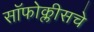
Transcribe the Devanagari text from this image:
सॉफोक्लीसचे